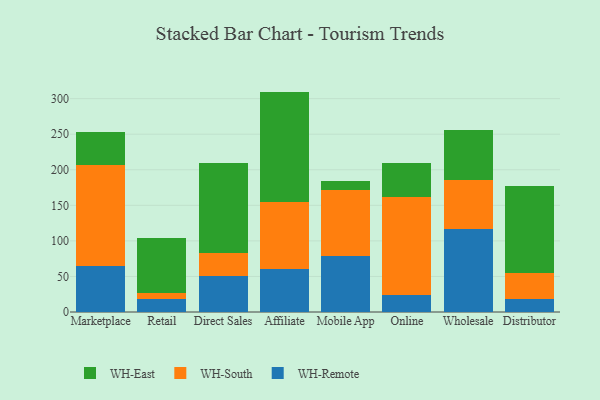
{"axis": {"x": "Channel", "y": "Production Output"}, "legend": ["WH-East", "WH-Remote", "WH-South"], "data": [{"x": "Marketplace", "y": 65.3, "type": "WH-Remote"}, {"x": "Marketplace", "y": 142.0, "type": "WH-South"}, {"x": "Marketplace", "y": 46.0, "type": "WH-East"}, {"x": "Retail", "y": 18.3, "type": "WH-Remote"}, {"x": "Retail", "y": 7.8, "type": "WH-South"}, {"x": "Retail", "y": 78.3, "type": "WH-East"}, {"x": "Direct Sales", "y": 50.6, "type": "WH-Remote"}, {"x": "Direct Sales", "y": 32.6, "type": "WH-South"}, {"x": "Direct Sales", "y": 126.7, "type": "WH-East"}, {"x": "Affiliate", "y": 61.0, "type": "WH-Remote"}, {"x": "Affiliate", "y": 93.0, "type": "WH-South"}, {"x": "Affiliate", "y": 155.9, "type": "WH-East"}, {"x": "Mobile App", "y": 78.1, "type": "WH-Remote"}, {"x": "Mobile App", "y": 93.0, "type": "WH-South"}, {"x": "Mobile App", "y": 13.8, "type": "WH-East"}, {"x": "Online", "y": 24.6, "type": "WH-Remote"}, {"x": "Online", "y": 137.4, "type": "WH-South"}, {"x": "Online", "y": 47.5, "type": "WH-East"}, {"x": "Wholesale", "y": 117.4, "type": "WH-Remote"}, {"x": "Wholesale", "y": 68.1, "type": "WH-South"}, {"x": "Wholesale", "y": 69.9, "type": "WH-East"}, {"x": "Distributor", "y": 18.9, "type": "WH-Remote"}, {"x": "Distributor", "y": 36.4, "type": "WH-South"}, {"x": "Distributor", "y": 121.8, "type": "WH-East"}]}